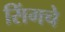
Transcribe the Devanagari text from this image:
सिंगचे